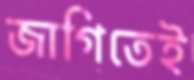
জাগিতেই